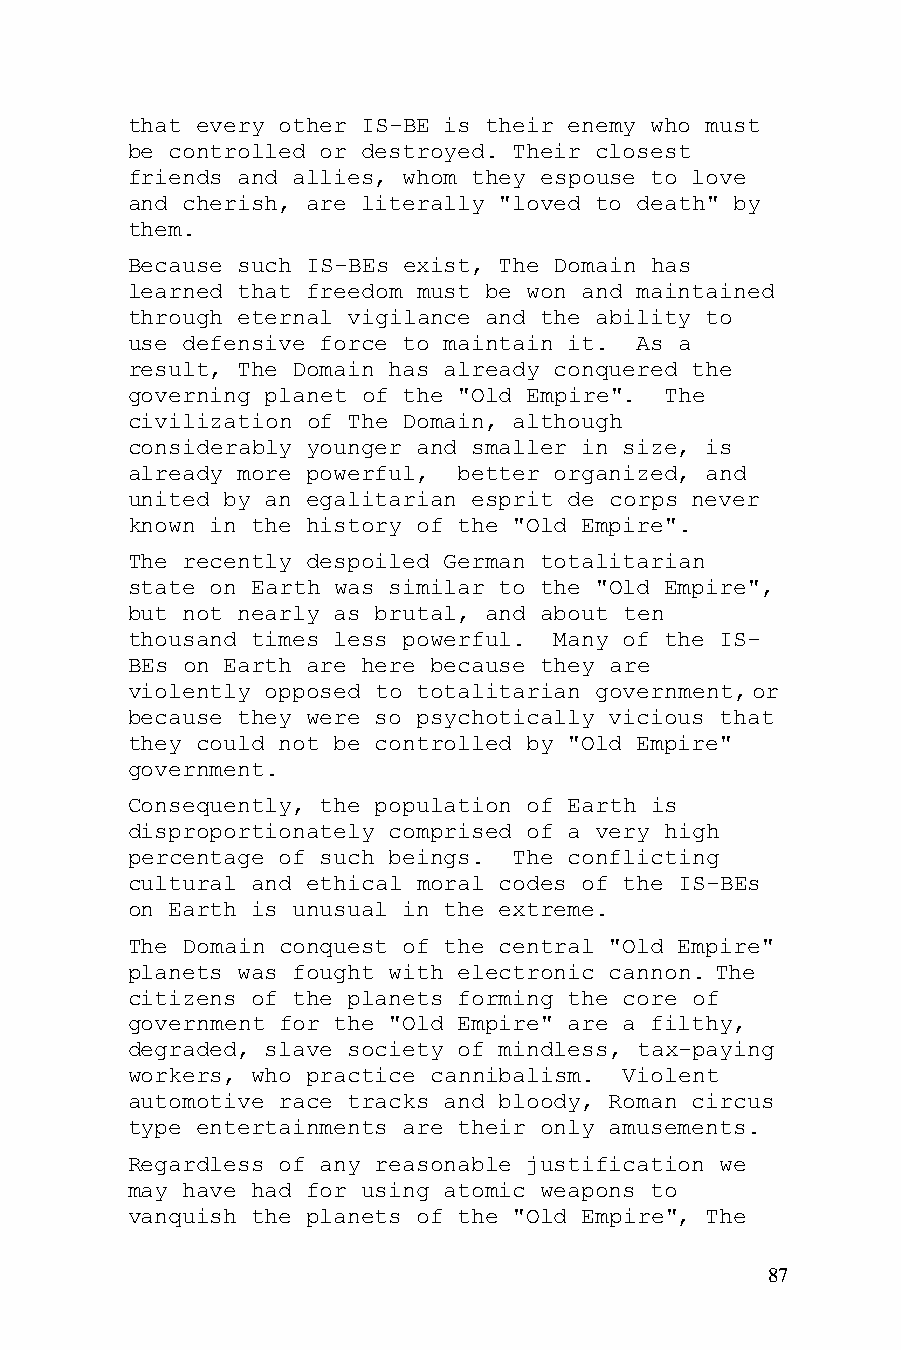
that every other IS-BE is their enemy who must
 be controlled or destroyed. Their closest
 friends and allies, whom they espouse to love
 and cherish, are literally "loved to death" by
 them.
 Because such IS-BEs exist, The Domain has
 learned that freedom must be won and maintained
 through eternal vigilance and the ability to
 use defensive force to maintain it. As a
 result, The Domain has already conquered the
 governing planet of the "Old Empire". The
 civilization of The Domain, although
 considerably younger and smaller in size, is
 already more powerful, better organized, and
 united by an egalitarian esprit de corps never
 known in the history of the "Old Empire".
 The recently despoiled German totalitarian
 state on Earth was similar to the "Old Empire",
 but not nearly as brutal, and about ten
 thousand times less powerful. Many of the IS-
 BEs on Earth are here because they are
 violently opposed to totalitarian government, or
 because they were so psychotically vicious that
 they could not be controlled by "Old Empire"
 government.
 Consequently, the population of Earth is
 disproportionately comprised of a very high
 percentage of such beings. The conflicting
 cultural and ethical moral codes of the IS-BEs
 on Earth is unusual in the extreme.
 The Domain conquest of the central "Old Empire"
 planets was fought with electronic cannon. The
 citizens of the planets forming the core of
 government for the "Old Empire" are a filthy,
 degraded, slave society of mindless, tax-paying
 workers, who practice cannibalism. Violent
 automotive race tracks and bloody, Roman circus
 type entertainments are their only amusements.
 Regardless of any reasonable justification we
 may have had for using atomic weapons to
 vanquish the planets of the "Old Empire", The
 87